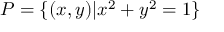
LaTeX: P = \{ ( x , y ) | x ^ { 2 } + y ^ { 2 } = 1 \}